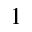
^ { 1 }